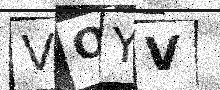
Text: VOYV